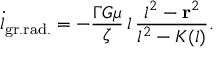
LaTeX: { \dot { l } } _ { \mathrm { g r . r a d . } } = - { \frac { \Gamma G \mu } { \zeta } } \, l \, { \frac { l ^ { 2 } - { \bf r } ^ { 2 } } { l ^ { 2 } - K ( l ) } } .